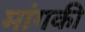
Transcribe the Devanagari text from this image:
मांगकी